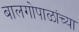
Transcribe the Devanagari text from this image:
बालगोपाळांच्या